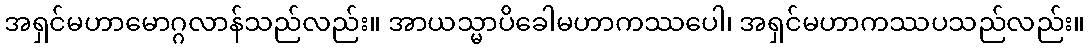
အရှင်မဟာမောဂ္ဂလာန်သည်လည်း။ အာယသ္မာပိခေါမဟာကဿပေါ၊ အရှင်မဟာကဿပသည်လည်း။